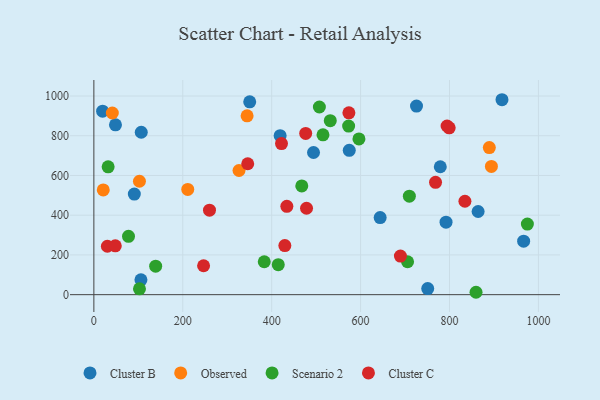
{"axis": {"x": "Distance", "y": "Fuel Efficiency"}, "legend": ["Cluster B", "Cluster C", "Observed", "Scenario 2"], "data": [{"x": "91.0", "y": 506.2, "type": "Cluster B"}, {"x": "792.2", "y": 364.8, "type": "Cluster B"}, {"x": "105.9", "y": 74.7, "type": "Cluster B"}, {"x": "779.3", "y": 643.9, "type": "Cluster B"}, {"x": "494.1", "y": 715.8, "type": "Cluster B"}, {"x": "725.8", "y": 949.4, "type": "Cluster B"}, {"x": "19.7", "y": 923.7, "type": "Cluster B"}, {"x": "966.8", "y": 269.2, "type": "Cluster B"}, {"x": "48.6", "y": 855.0, "type": "Cluster B"}, {"x": "918.1", "y": 981.4, "type": "Cluster B"}, {"x": "864.4", "y": 418.7, "type": "Cluster B"}, {"x": "574.5", "y": 726.9, "type": "Cluster B"}, {"x": "644.0", "y": 388.3, "type": "Cluster B"}, {"x": "751.0", "y": 30.8, "type": "Cluster B"}, {"x": "350.6", "y": 970.7, "type": "Cluster B"}, {"x": "106.6", "y": 817.6, "type": "Cluster B"}, {"x": "419.0", "y": 800.2, "type": "Cluster B"}, {"x": "21.1", "y": 527.5, "type": "Observed"}, {"x": "41.5", "y": 914.5, "type": "Observed"}, {"x": "894.3", "y": 645.4, "type": "Observed"}, {"x": "889.6", "y": 740.6, "type": "Observed"}, {"x": "211.2", "y": 529.9, "type": "Observed"}, {"x": "344.7", "y": 900.1, "type": "Observed"}, {"x": "102.5", "y": 571.0, "type": "Observed"}, {"x": "326.5", "y": 625.0, "type": "Observed"}, {"x": "709.7", "y": 495.6, "type": "Scenario 2"}, {"x": "705.7", "y": 165.7, "type": "Scenario 2"}, {"x": "139.0", "y": 143.3, "type": "Scenario 2"}, {"x": "859.7", "y": 12.0, "type": "Scenario 2"}, {"x": "467.7", "y": 547.5, "type": "Scenario 2"}, {"x": "414.8", "y": 151.0, "type": "Scenario 2"}, {"x": "102.6", "y": 29.2, "type": "Scenario 2"}, {"x": "383.3", "y": 165.7, "type": "Scenario 2"}, {"x": "515.4", "y": 804.6, "type": "Scenario 2"}, {"x": "507.3", "y": 944.8, "type": "Scenario 2"}, {"x": "32.1", "y": 643.7, "type": "Scenario 2"}, {"x": "531.8", "y": 875.8, "type": "Scenario 2"}, {"x": "596.3", "y": 783.8, "type": "Scenario 2"}, {"x": "975.2", "y": 355.2, "type": "Scenario 2"}, {"x": "77.9", "y": 293.5, "type": "Scenario 2"}, {"x": "573.1", "y": 848.7, "type": "Scenario 2"}, {"x": "478.4", "y": 435.1, "type": "Cluster C"}, {"x": "834.7", "y": 470.3, "type": "Cluster C"}, {"x": "768.6", "y": 565.4, "type": "Cluster C"}, {"x": "429.6", "y": 247.2, "type": "Cluster C"}, {"x": "422.1", "y": 760.6, "type": "Cluster C"}, {"x": "260.1", "y": 425.5, "type": "Cluster C"}, {"x": "799.3", "y": 839.9, "type": "Cluster C"}, {"x": "573.7", "y": 915.6, "type": "Cluster C"}, {"x": "434.1", "y": 444.9, "type": "Cluster C"}, {"x": "794.6", "y": 849.1, "type": "Cluster C"}, {"x": "30.4", "y": 243.6, "type": "Cluster C"}, {"x": "476.5", "y": 811.7, "type": "Cluster C"}, {"x": "346.1", "y": 659.1, "type": "Cluster C"}, {"x": "48.2", "y": 245.9, "type": "Cluster C"}, {"x": "689.6", "y": 194.1, "type": "Cluster C"}, {"x": "246.8", "y": 145.6, "type": "Cluster C"}]}